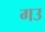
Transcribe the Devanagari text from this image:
गउ